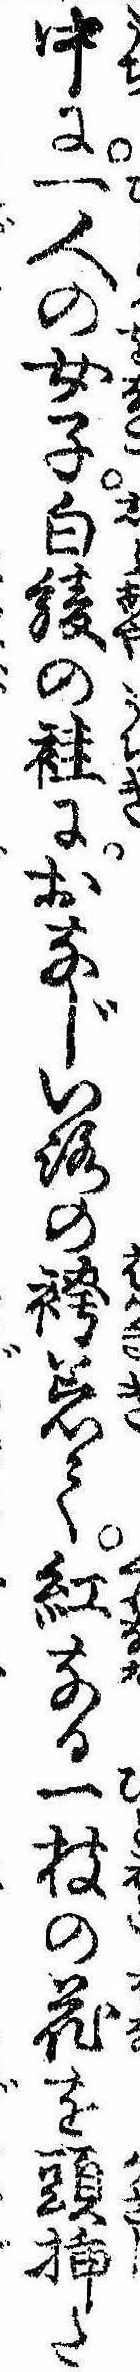
中に一人の女子白綾の袿におなじいろの袴着て紅なる一枝の花を頭挿た